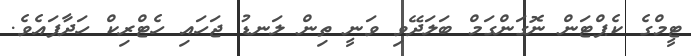
ޓީމްގެ ކެޕްޓަން ނޮގަންގަމް ބަލަދޭވި ވަނީ ތިން ލަނޑު ޖަހައި ހެޓްރިކް ހަދާފައެވެ.